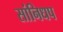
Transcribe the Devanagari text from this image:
सांनिधप